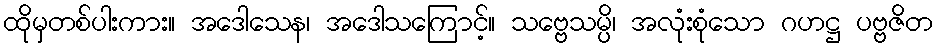
ထိုမှတစ်ပါးကား။ အဒေါသေန၊ အဒေါသကြောင့်။ သဗ္ဗေသမ္ပိ၊ အလုံးစုံသော ဂဟဋ္ဌ ပဗ္ဗဇိတ